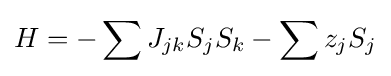
H=-\sum J_{jk}S_{j}S_{k}-\sum z_{j}S_{j}